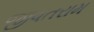
જીવતરામ